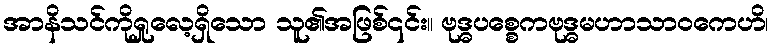
အာနိသင်ကိုရှုလေ့ရှိသော သူ၏အဖြစ်၎င်း။ ဗုဒ္ဓပစ္စေကဗုဒ္ဓမဟာသာဝကေဟိ၊